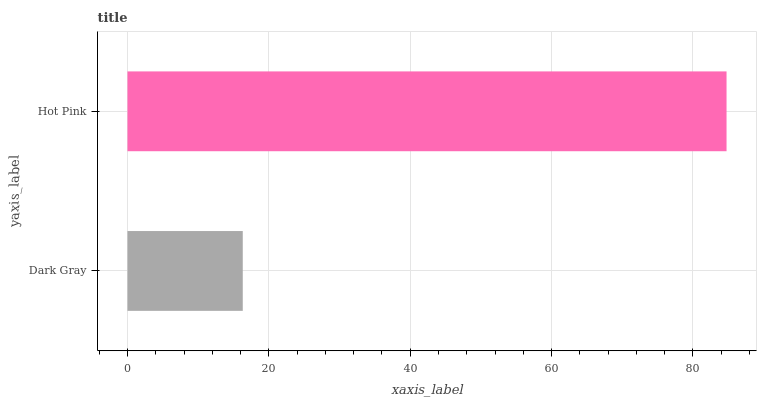
| yaxis_label | bars |
 | --- | --- |
 | Dark Gray | 16.3 |
 | Hot Pink | 84.7 |